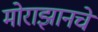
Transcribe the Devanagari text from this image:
मोराझानचे